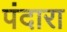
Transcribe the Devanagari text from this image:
पंदारा